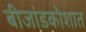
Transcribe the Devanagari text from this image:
बीजांडकोशात